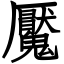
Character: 魘